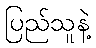
ပြည်သူနဲ့